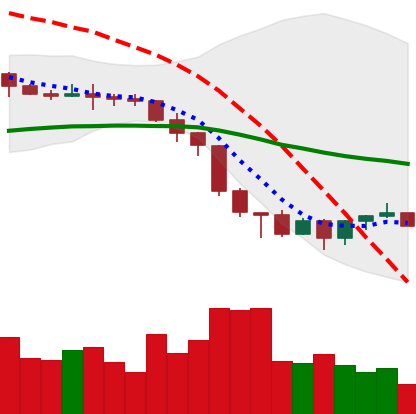
Ticker: XMR-USD
Chart end date: 2022-06-22
Forward return: 8.29%
Label: up_7plus